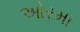
ઓરમા